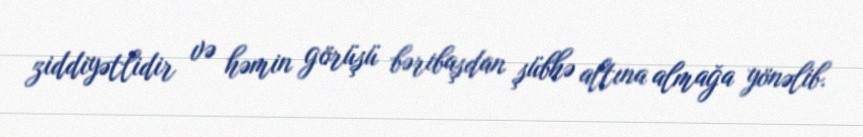
ziddiyətlidir və həmin görüşü bəribaşdan şübhə altına almağa yönəlib.